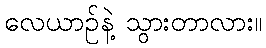
လေယာဉ်နဲ့ သွားတာလား။